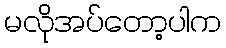
မလိုအပ်တော့ပါက